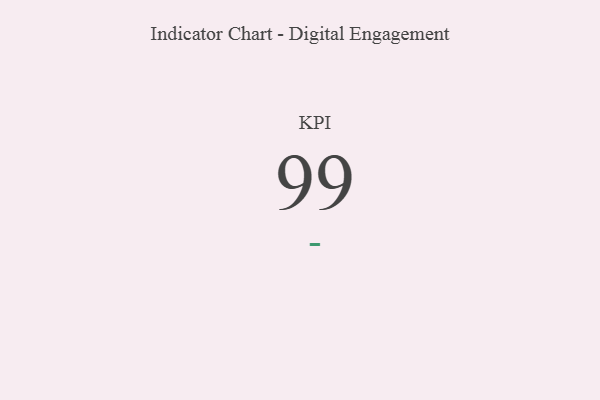
{"axis": {"x": "KPI", "y": "Value"}, "legend": [""], "data": [{"x": "KPI", "y": 99, "type": ""}]}